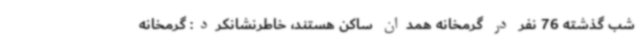
شب گذشته 76 نفر در گرمخانه همدان ساکن هستند، خاطرنشانکرد: گرمخانه